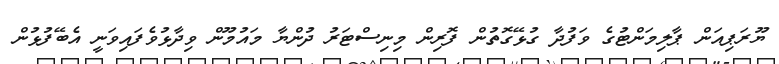
ޔޫރަޕިއަން ޕާލިމަންޓުގެ ވަފުދާ ގުޅޭގޮތުން ފޮރިން މިނިސްޓަރު ދުންޔާ މައުމޫން ވިދާޅުވެފައިވަނީ އެބޭފުޅުން